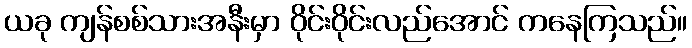
ယခု ကျန်စစ်သားအနီးမှာ ဝိုင်းဝိုင်းလည်အောင် ကနေကြသည်။